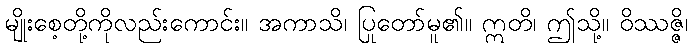
မျိုးစေ့တို့ကိုလည်းကောင်း။ အကာသိ၊ ပြုတော်မူ၏။ ဣတိ၊ ဤသို့။ ဝိဿဇ္ဇိ၊